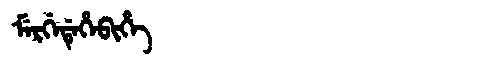
Manchu: ᠮᡝᡵᡤᡝᡩᡝᡥᡝᠪᡳᡥᡝ
Romanization: MERGEDEHEBIHE